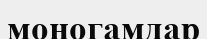
моногамдар